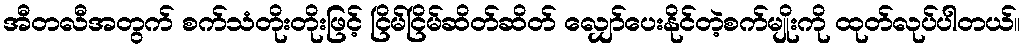
အီတလီအတွက် စက်သံတိုးတိုးဖြင့် ငြိမ်ငြိမ်ဆိတ်ဆိတ် လျှော်ပေးနိုင်တဲ့စက်မျိုးကို ထုတ်လုပ်ပါတယ်။